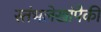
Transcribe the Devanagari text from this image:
स्तंभलेखांपैकी